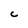
Character: C